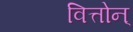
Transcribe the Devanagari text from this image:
वित्तोन्